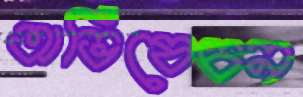
অভিষেচন